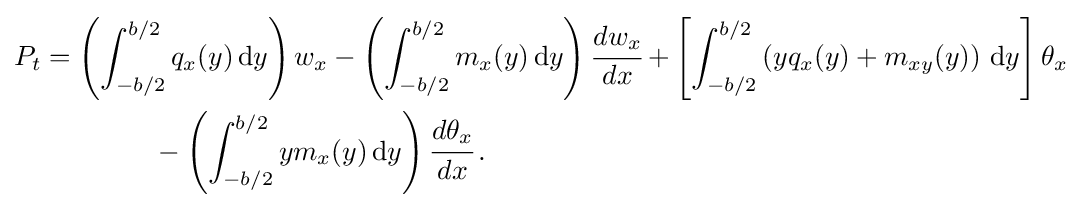
{\begin{aligned}P_{t}&=\left(\int _{-b/2}^{b/2}q_{x}(y)\,{\text{d}}y\right)w_{x}-\left(\int _{-b/2}^{b/2}m_{x}(y)\,{\text{d}}y\right){\cfrac {dw_{x}}{dx}}+\left[\int _{-b/2}^{b/2}\left(yq_{x}(y)+m_{xy}(y)\right)\,{\text{d}}y\right]\theta _{x}\\&\qquad \qquad -\left(\int _{-b/2}^{b/2}ym_{x}(y)\,{\text{d}}y\right){\cfrac {d\theta _{x}}{dx}}\,.\end{aligned}}